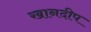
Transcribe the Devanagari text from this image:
खानदीप